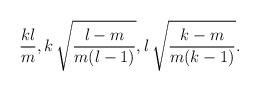
\begin{align*}\frac{k l}{m},k\,\sqrt{\frac{l-m}{m(l-1)}},l\,\sqrt{\frac{k-m}{m(k-1)}}.\end{align*}